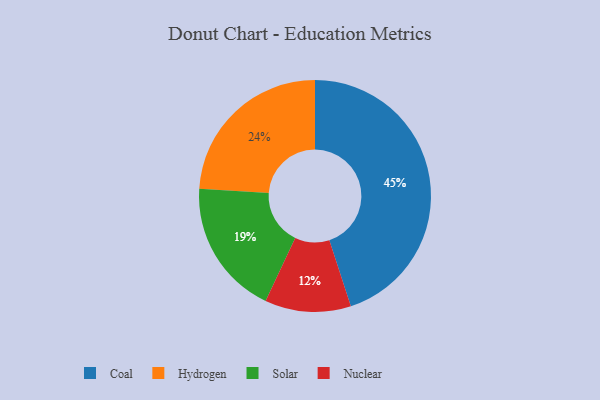
{"axis": {"x": "Category", "y": "Percentage"}, "legend": ["Coal", "Hydrogen", "Nuclear", "Solar"], "data": [{"x": "Coal", "y": 45, "type": "Coal"}, {"x": "Solar", "y": 19, "type": "Solar"}, {"x": "Hydrogen", "y": 24, "type": "Hydrogen"}, {"x": "Nuclear", "y": 12, "type": "Nuclear"}]}